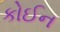
કોઈન